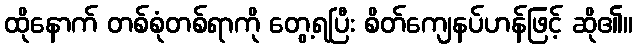
ထိုနောက် တစ်စုံတစ်ရာကို တွေ့ရပြီး စိတ်ကျေနပ်ဟန်ဖြင့် ဆို၏။